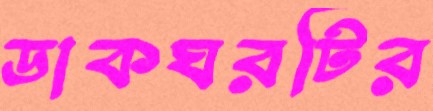
ডাকঘরটির